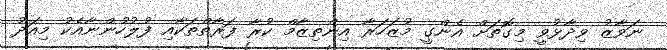
ނަވާޒު ވިދާޅުވީ މިގޮތަށް އެންގީ މުޒަހަރާ އިންތިޒާމް ކުރާ ފަރާތްތަކާއި ފުލުހުންނާއެކު މިއަދު